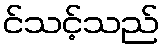
င်သင့်သည်